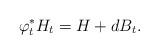
LaTeX: \begin{align*}\varphi_{t}^{*}H_{t} = H + dB_{t}.\end{align*}